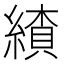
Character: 𦄗